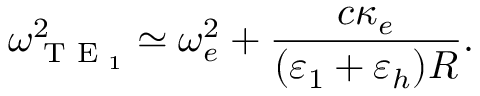
\omega _ { \textrm { T E } _ { 1 } } ^ { 2 } \simeq \omega _ { e } ^ { 2 } + \frac { c \kappa _ { e } } { ( \varepsilon _ { 1 } + \varepsilon _ { h } ) R } .